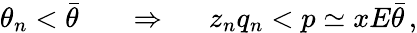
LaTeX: \theta_{n}<\bar{\theta}\; \; \; \; \; \; \Rightarrow\; \; \; \; \; z_{n}q_{n}<p\simeq xE\bar{\theta}\, ,